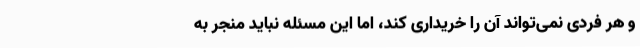
و هر فردی نمی‌تواند آن را خریداری کند، اما این مسئله نباید منجر به